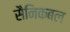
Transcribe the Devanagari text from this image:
सैनिकबल